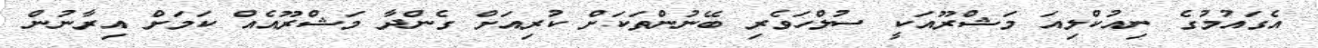
އެގައުމުގެ ނިއުކްލިއަ މަޝްރޫއަކީ ސުލްހަވެރި ބޭނުންތަކަށް ކުރިއަށް ގެންދާ މަޝްރޫއެއް ކަމަށް އިރާނުން